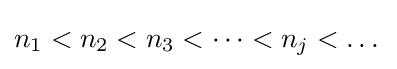
n_{1}<n_{2}<n_{3}<\dots <n_{j}<\dots